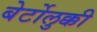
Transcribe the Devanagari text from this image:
बेर्टोलुक्की